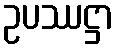
ဥပဿဋ္ဌာ